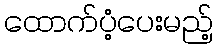
ထောက်ပံ့ပေးမည့်